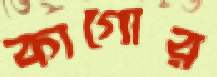
কাগোর